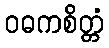
ဝဓကစိတ္တံ